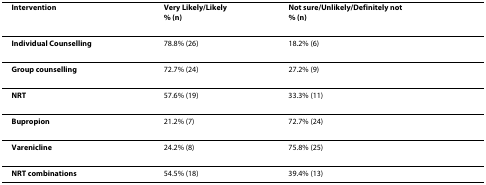
<table><thead><tr><td><b>Intervention</b></td><td><b>Very Likely/Likely% (n)</b></td><td><b>Not sure/Unlikely/Definitely not% (n)</b></td></tr></thead><tbody><tr><td><b>Individual Counselling</b></td><td>78.8% (26)</td><td>18.2% (6)</td></tr><tr><td><b>Group counselling</b></td><td>72.7% (24)</td><td>27.2% (9)</td></tr><tr><td><b>NRT</b></td><td>57.6% (19)</td><td>33.3% (11)</td></tr><tr><td><b>Bupropion</b></td><td>21.2% (7)</td><td>72.7% (24)</td></tr><tr><td><b>Varenicline</b></td><td>24.2% (8)</td><td>75.8% (25)</td></tr><tr><td><b>NRT combinations</b></td><td>54.5% (18)</td><td>39.4% (13)</td></tr></tbody></table>